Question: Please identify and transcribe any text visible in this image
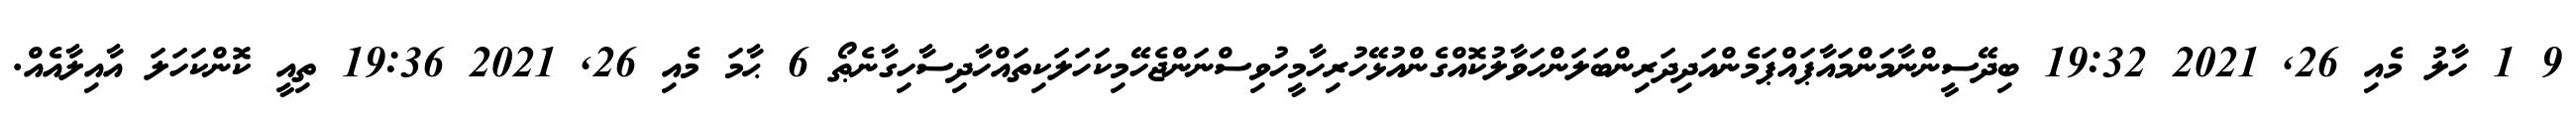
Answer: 9 1 ހާލު މެއި 26, 2021 19:32 ބިދޭސީންނާމަންމައާޕައްޕަމެންއަދިދަރިންބަލަންހަވާލުކޮއްގެންއުޅޭހުރިހާމީހުވިސްނަންޖެހޭމިކަހަލަކިތައްހާދިސާހިގާނެޠޯ 6 ޙާމަ މެއި 26, 2021 19:36 ތިއީ ކޮންކަހަލަ އާއިލާއެއް.